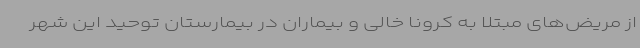
از مریض‌های مبتلا به کرونا خالی و بیماران در بیمارستان توحید این شهر